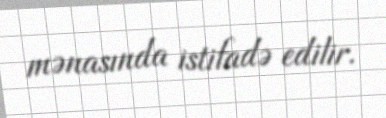
mənasında istifadə edilir.